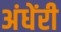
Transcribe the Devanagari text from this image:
अंधेंरी